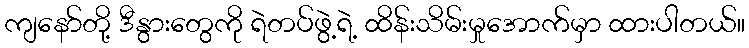
ကျနော်တို့ ဒီနွားတွေကို ရဲတပ်ဖွဲ့ရဲ့ ထိန်းသိမ်းမှုအောက်မှာ ထားပါတယ်။